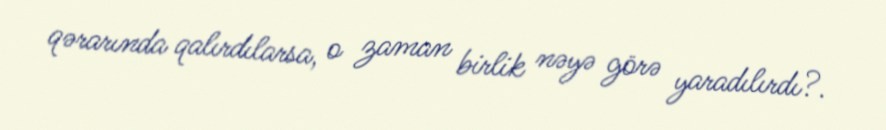
qərarında qalırdılarsa, o zaman birlik nəyə görə yaradılırdı?.